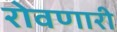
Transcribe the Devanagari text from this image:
रोवणारी